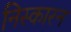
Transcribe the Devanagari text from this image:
निस्कारन